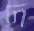
দ